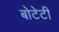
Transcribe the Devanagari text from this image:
बोटेटी